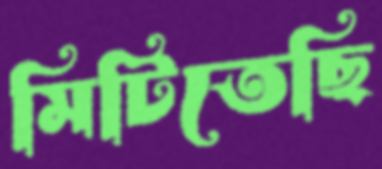
মিটিতেছি